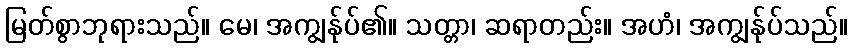
မြတ်စွာဘုရားသည်။ မေ၊ အကျွန်ုပ်၏။ သတ္တာ၊ ဆရာတည်း။ အဟံ၊ အကျွန်ုပ်သည်။